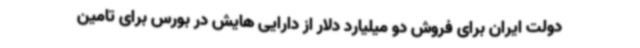
دولت ایران برای فروش دو میلیارد دلار از دارایی هایش در بورس برای تامین